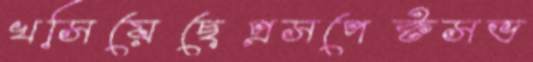
খসিয়েছেপ্রসপেক্টসভ